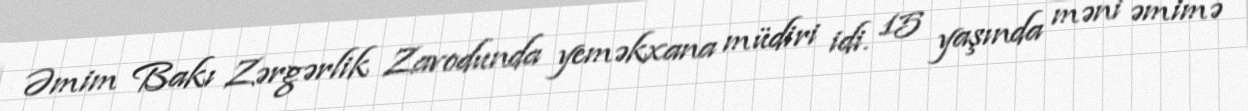
Əmim Bakı Zərgərlik Zavodunda yeməkxana müdiri idi. 15 yaşında məni əmimə